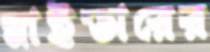
স্নাইডারের